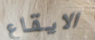
الايقاع